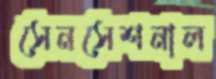
সেনসেশনাল